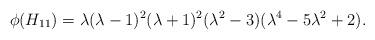
LaTeX: \begin{align*}\phi(H_{11}) =\lambda(\lambda-1)^2(\lambda+1)^2(\lambda^2-3) (\lambda^4-5\lambda^2+2).\end{align*}